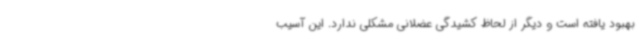
بهبود یافته است و دیگر از لحاظ کشیدگی عضلانی مشکلی ندارد. این آسیب